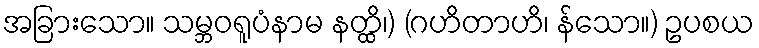
အခြားသော။ သမ္ဘဝရူပံနာမ နတ္ထိ၊) (ဂဟိတာဟိ၊ န်သော။) ဥပစယ